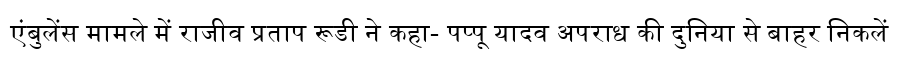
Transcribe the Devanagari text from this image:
एंबुलेंस मामले में राजीव प्रताप रूडी ने कहा- पप्पू यादव अपराध की दुनिया से बाहर निकलें